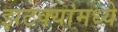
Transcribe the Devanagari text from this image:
झटक्यांमध्ये